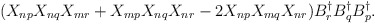
\begin{align*}(X_{np}X_{nq}X_{mr}+X_{mp}X_{nq}X_{nr}-2X_{np}X_{mq}X_{nr})B^{\dagger}_{r}B^{\dagger}_{q}B^{\dagger}_{p}.\end{align*}